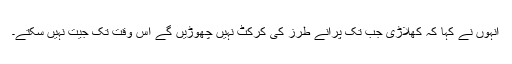
انہوں نے کہا کہ کھلاڑی جب تک پرانے طرز کی کرکٹ نہیں چھوڑیں گے اس وقت تک جیت نہیں سکتے۔